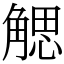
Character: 䚡